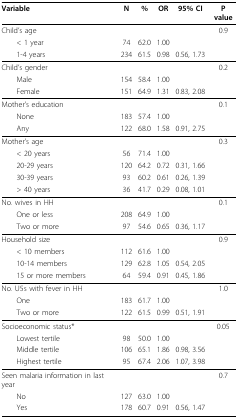
<table><thead><tr><td><b>Variable</b></td><td><b>N</b></td><td><b>%</b></td><td><b>OR</b></td><td><b>95% CI</b></td><td><b>P value</b></td></tr></thead><tbody><tr><td>Child&#x27;s age</td><td></td><td></td><td></td><td></td><td>0.9</td></tr><tr><td> &lt; 1 year</td><td>74</td><td>62.0</td><td>1.00</td><td></td><td></td></tr><tr><td> 1-4 years</td><td>234</td><td>61.5</td><td>0.98</td><td>0.56, 1.73</td><td></td></tr><tr><td>Child&#x27;s gender</td><td></td><td></td><td></td><td></td><td>0.2</td></tr><tr><td> Male</td><td>154</td><td>58.4</td><td>1.00</td><td></td><td></td></tr><tr><td> Female</td><td>151</td><td>64.9</td><td>1.31</td><td>0.83, 2.08</td><td></td></tr><tr><td>Mother&#x27;s education</td><td></td><td></td><td></td><td></td><td>0.1</td></tr><tr><td> None</td><td>183</td><td>57.4</td><td>1.00</td><td></td><td></td></tr><tr><td> Any</td><td>122</td><td>68.0</td><td>1.58</td><td>0.91, 2.75</td><td></td></tr><tr><td>Mother&#x27;s age</td><td></td><td></td><td></td><td></td><td>0.3</td></tr><tr><td> &lt; 20 years</td><td>56</td><td>71.4</td><td>1.00</td><td></td><td></td></tr><tr><td> 20-29 years</td><td>120</td><td>64.2</td><td>0.72</td><td>0.31, 1.66</td><td></td></tr><tr><td> 30-39 years</td><td>93</td><td>60.2</td><td>0.61</td><td>0.26, 1.39</td><td></td></tr><tr><td> &gt; 40 years</td><td>36</td><td>41.7</td><td>0.29</td><td>0.08, 1.01</td><td></td></tr><tr><td>No. wives in HH</td><td></td><td></td><td></td><td></td><td>0.1</td></tr><tr><td> One or less</td><td>208</td><td>64.9</td><td>1.00</td><td></td><td></td></tr><tr><td> Two or more</td><td>97</td><td>54.6</td><td>0.65</td><td>0.36, 1.17</td><td></td></tr><tr><td>Household size</td><td></td><td></td><td></td><td></td><td>0.9</td></tr><tr><td> &lt; 10 members</td><td>112</td><td>61.6</td><td>1.00</td><td></td><td></td></tr><tr><td> 10-14 members</td><td>129</td><td>62.8</td><td>1.05</td><td>0.54, 2.05</td><td></td></tr><tr><td> 15 or more members</td><td>64</td><td>59.4</td><td>0.91</td><td>0.45, 1.86</td><td></td></tr><tr><td>No. U5s with fever in HH</td><td></td><td></td><td></td><td></td><td>1.0</td></tr><tr><td> One</td><td>183</td><td>61.7</td><td>1.00</td><td></td><td></td></tr><tr><td> Two or more</td><td>122</td><td>61.5</td><td>0.99</td><td>0.51, 1.91</td><td></td></tr><tr><td>Socioeconomic status*</td><td></td><td></td><td></td><td></td><td>0.05</td></tr><tr><td> Lowest tertile</td><td>98</td><td>50.0</td><td>1.00</td><td></td><td></td></tr><tr><td> Middle tertile</td><td>106</td><td>65.1</td><td>1.86</td><td>0.98, 3.56</td><td></td></tr><tr><td> Highest tertile</td><td>95</td><td>67.4</td><td>2.06</td><td>1.07, 3.98</td><td></td></tr><tr><td>Seen malaria information in last year</td><td></td><td></td><td></td><td></td><td>0.7</td></tr><tr><td> No</td><td>127</td><td>63.0</td><td>1.00</td><td></td><td></td></tr><tr><td> Yes</td><td>178</td><td>60.7</td><td>0.91</td><td>0.56, 1.47</td><td></td></tr></tbody></table>